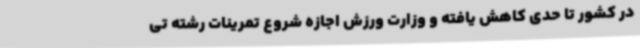
در کشور تا حدی کاهش یافته و وزارت ورزش اجازه شروع تمرینات رشته تی